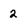
Character: 2